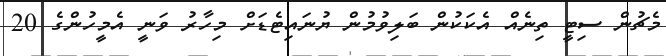
މެޗުން ސިޓީ ތިނެއް އެކަކުން ބަލިވުމުން ޔުނައިޓެޑަށް މިހާރު ވަނީ އެމީހުންގެ 20